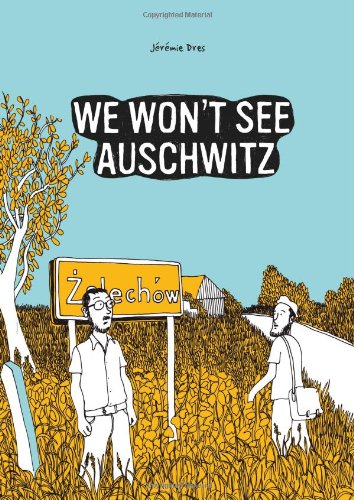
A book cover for We Won't See Auschwitz (SelfMadeHero); JÃ©rÃ©mie Dres; Travel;